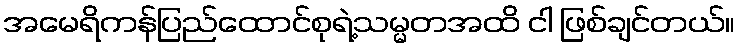
အမေရိကန်ပြည်ထောင်စုရဲ့သမ္မတအထိ ငါ ဖြစ်ချင်တယ်။